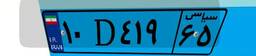
۹۱D۶۵۳۸۰